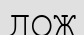
ДОЖ